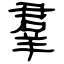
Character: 羣